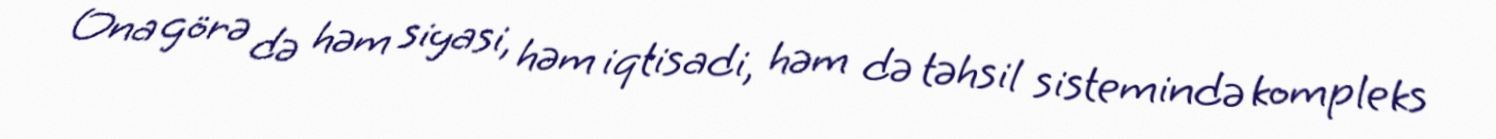
Ona görə də həm siyasi, həm iqtisadi, həm də təhsil sistemində kompleks